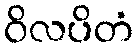
ဝိလပိတံ